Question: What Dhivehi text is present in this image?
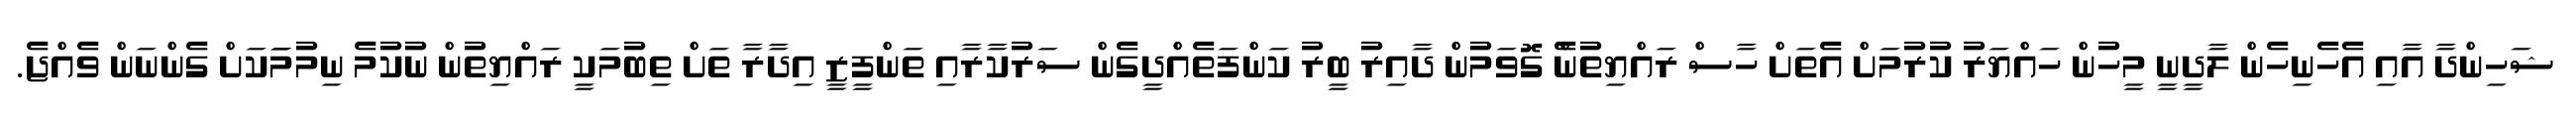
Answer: ޝަހިންދާ އާއި އެހެނިހެން ލާދީނީ މީހުން ހައްޔަރު ކުރުމަށް އެތަށް ހާސް ރައްޔިތުނެް ގޮވަމުން ދާއިރު ބީރު ކަންފަތެއްދީގެން ސަރުކާރާއި ތަންފީޒީ އިދާރާ ތަށް ތިބުމަކީ ރައްޔިތުން ނުކުމެ ނިމުމަަކަށް ގެންނަން ވެއްޖެ.